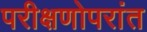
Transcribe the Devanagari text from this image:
परीक्षणोपरांत